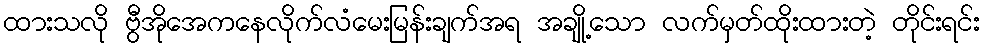
ထားသလို ဗွီအိုအေကနေလိုက်လံမေးမြန်းချက်အရ အချို့သော လက်မှတ်ထိုးထားတဲ့ တိုင်းရင်း